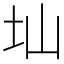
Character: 圸